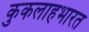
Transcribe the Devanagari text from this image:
कुकलाहभारत